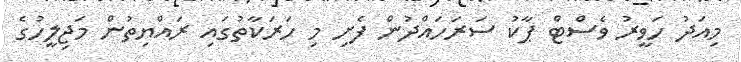
މިއަދު ހަވީރު ވެސްޓް ޕާކު ސަރަހައްދުން ފެށި މި ހަރަކާތުގައި ރައްޔިތުން މަޖިލީހުގެ